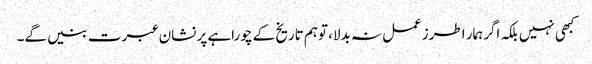
کبھی نہیں بلکہ اگرہمار اطرزعمل نہ بدلا، توہم تاریخ کے چوراہے پر نشان عبرت بنیں گے۔